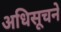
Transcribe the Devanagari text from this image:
अधिसूचने